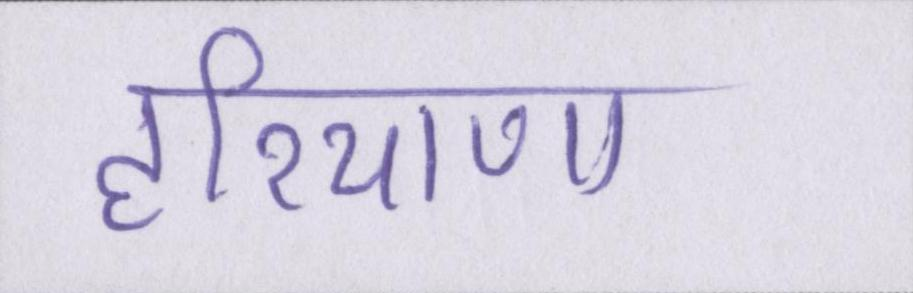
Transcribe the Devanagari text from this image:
हरियाणा